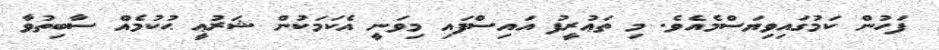
ފަހުން ކަމުގައިވިޔަސްމެއެވެ. މި ތަޢުރީފު އައިސްފައި މިވަނީ އެކަމަކުން ޝަރުޢީ ޙުކުމެއް ސާބިތުވާ